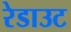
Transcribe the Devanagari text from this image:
रेडाउट